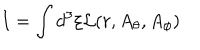
LaTeX: I = \int d ^ { 3 } \xi { \cal L } ( r , A _ { \theta } , A _ { \phi } )